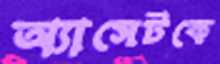
অ্যাসেটকে